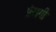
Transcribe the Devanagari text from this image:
प्रंसगी